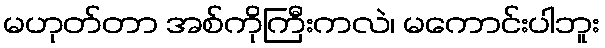
မဟုတ်တာ အစ်ကိုကြီးကလဲ၊ မကောင်းပါဘူး